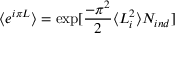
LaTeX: \langle e ^ { i \pi L } \rangle = \exp [ \frac { - \pi ^ { 2 } } { 2 } \langle L _ { i } ^ { 2 } \rangle N _ { i n d } ]